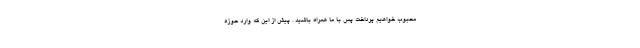
محبوب خواهیم پرداخت پس با ما همراه باشید . پیش از این که وارد حوزه